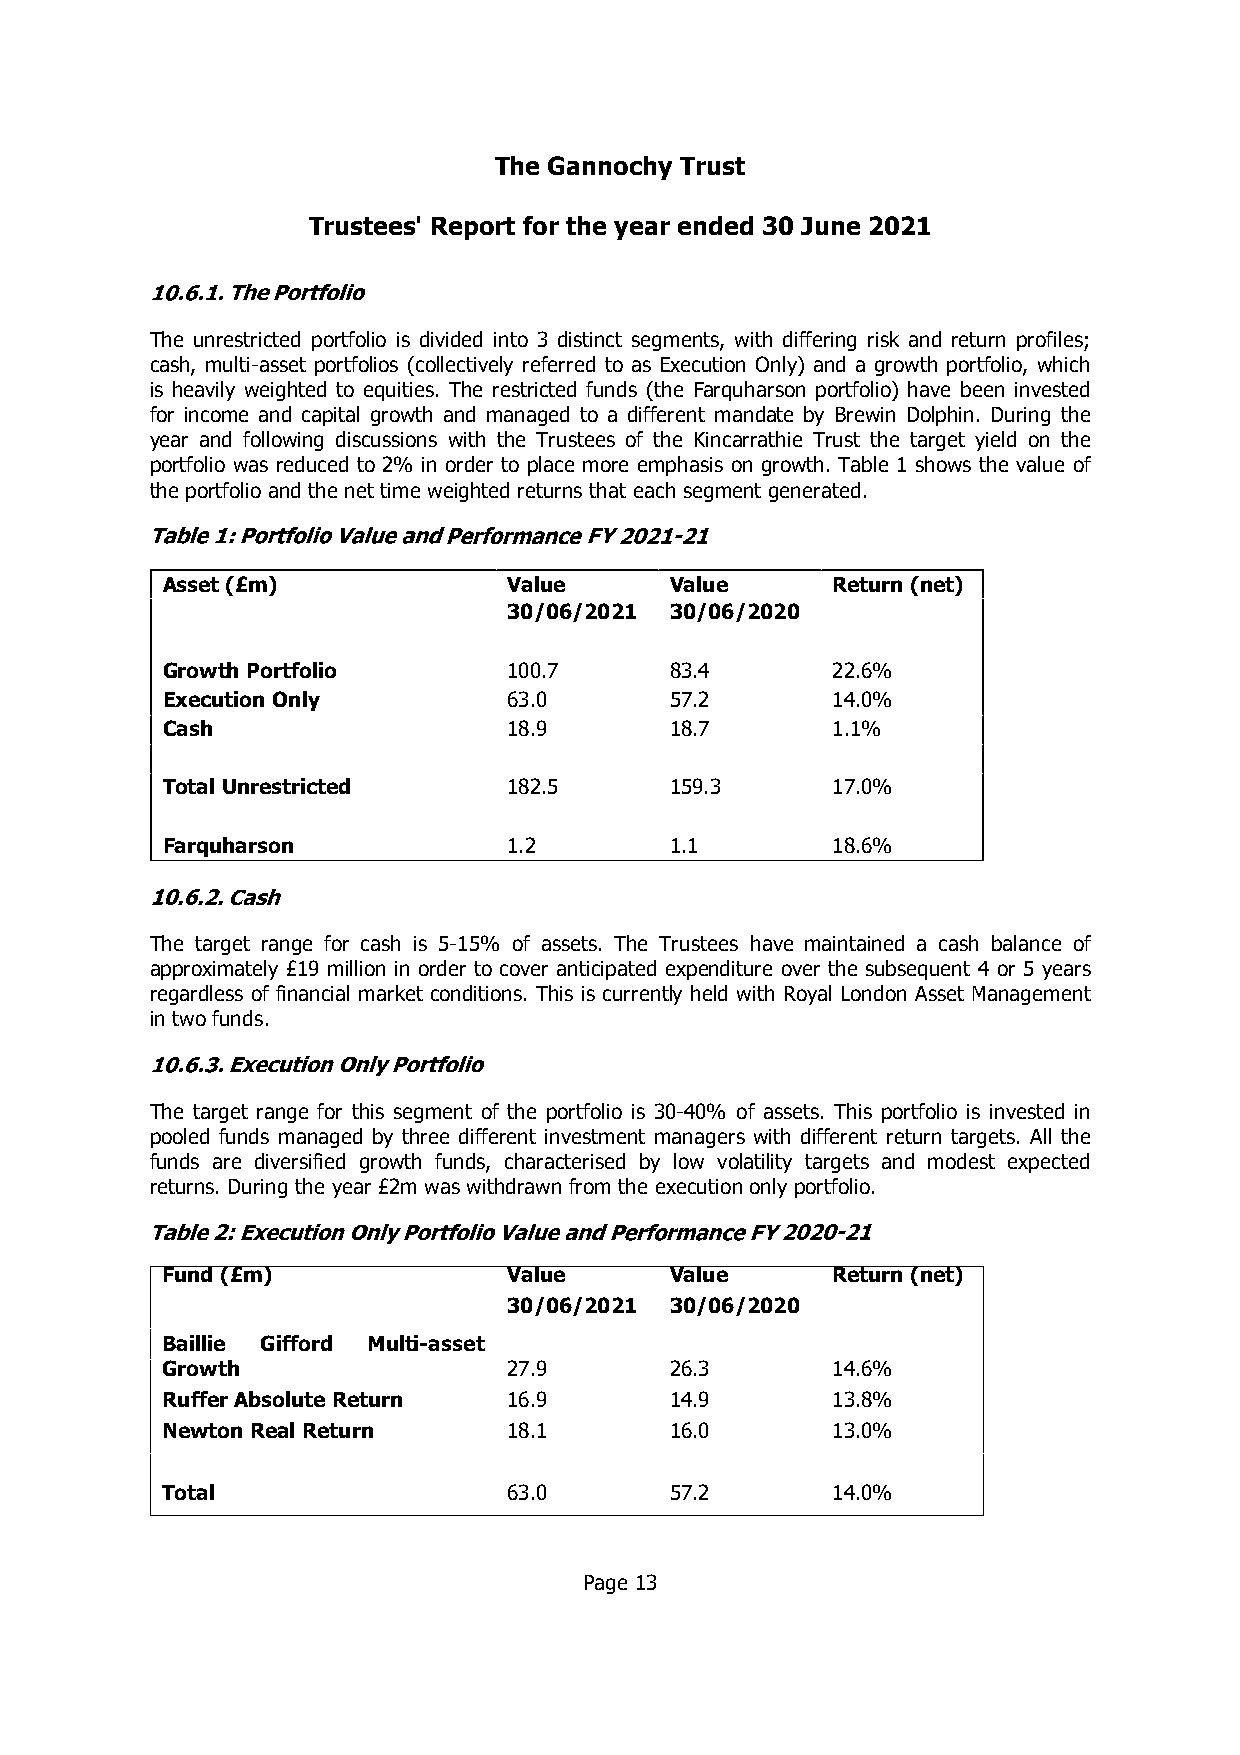
The Gannochy Trust
 Trustees' Report for the year ended 30 June 2021
 The unrestricted portfolio is divided into 3 distinct segments, with differing risk and return profiles;
 cash, multi-asset portfolios (collectively referred to as Execution Only) and a growth portfolio, which
 is heavily weighted to equities. The restricted funds (the Farquharson portfolio) have been invested
 for income and capital growth and managed to a different mandate by Brewin Dolphin. During the
 year and following discussions with the Trustees of the Kincarrathie Trust the target yield on the
 portfolio was reduced to 2% in order to place more emphasis on growth. Table 1 shows the value of
 the portfolio and the net time weighted returns that each segment generated.
 Asset (£m)             Value     Value      Return (net)
 30/06/2021 30/06/2020
 Growth Portfolio       100.7     83.4       22.6%
 Execution Only         63.0      57.2       14.0%
 Cash                   18.9      18.7       1.1%
 Total Unrestricted     182.5     159.3      17.0%
 Farquharson            1.2       1.1        18.6%
 The target range for cash is 5-15% of assets. The Trustees have maintained a cash balance of
 approximately £19 million in order to cover anticipated expenditure over the subsequent 4 or 5 years
 regardless of financial market conditions. This is currently held with Royal London Asset Management
 in two funds.
 The target range for this segment of the portfolio is 30-40% of assets. This portfolio is invested in
 pooled funds managed by three different investment managers with different return targets. All the
 funds are diversified growth funds, characterised by low volatility targets and modest expected
 returns. During the year £2m was withdrawn from the execution only portfolio.
 Fund (£m)              Value     Value      Return (net)
 30/06/2021 30/06/2020
 Baillie Gifford Multi-asset
 Growth                 27.9      26.3       14.6%
 Ruffer Absolute Return 16.9      14.9       13.8%
 Newton RealReturn      18.1      16.0       13.0%
 Total                  63.0      57.2       14.0%
 Page 13